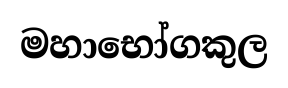
මහාභෝගකුල